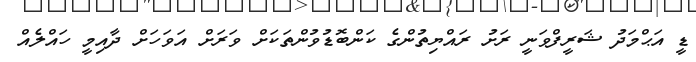
ޑީ އަޙްމަދު ޝަރީފްވަނީ ރަށު ރައްޔިތުންގެ ކަންބޮޑުވުންތަކަށް ވަރަށް އަވަހަށް ދާއިމީ ހައްލެއް